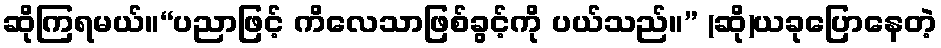
ဆိုကြရမယ်။“ပညာဖြင့် ကိလေသာဖြစ်ခွင့်ကို ပယ်သည်။” (ဆို)ယခုပြောနေတဲ့